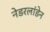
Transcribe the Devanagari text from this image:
नेडरलांडेन